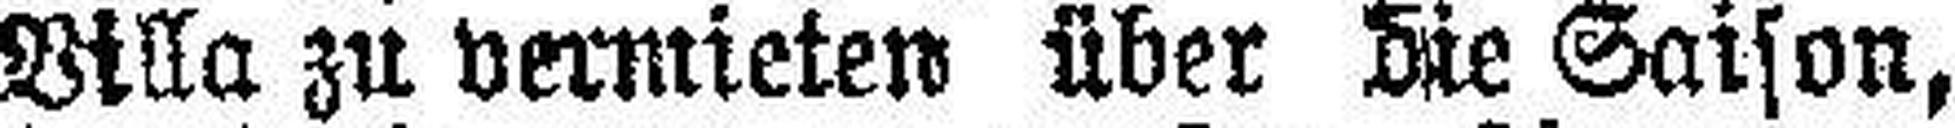
Villa zu vermieten über die Saison,